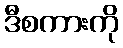
ဒီစကားကို